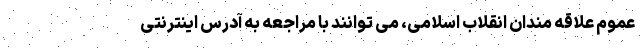
عموم علاقه مندان انقلاب اسلامی، می توانند با مراجعه به آدرس اینترنتی